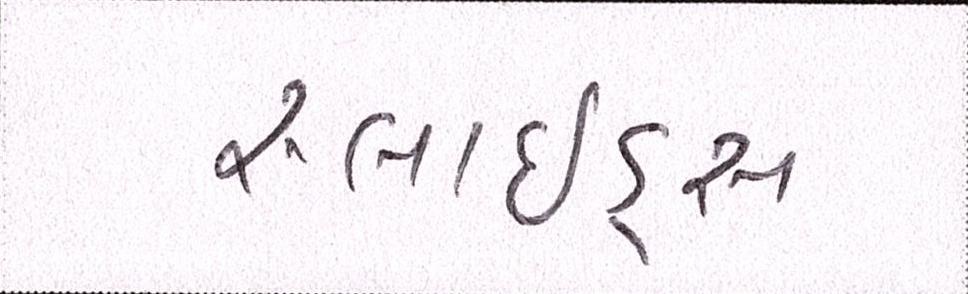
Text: સ્લાઇડ્સ